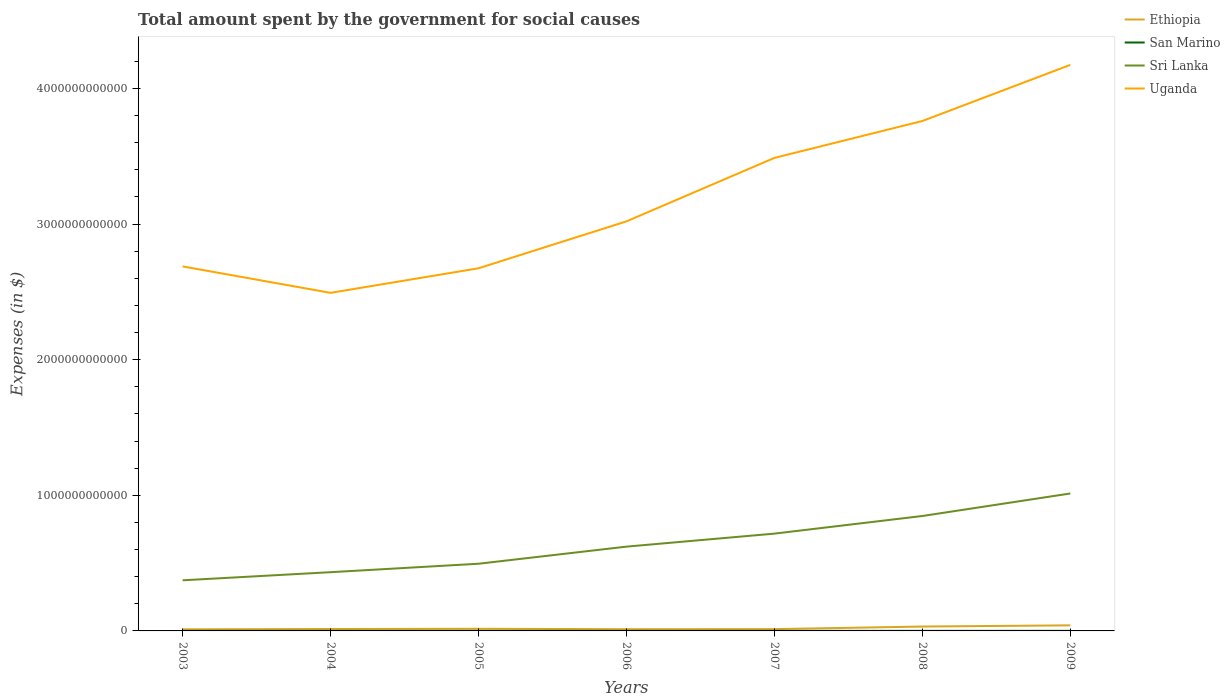
| Years | Ethiopia | San Marino | Sri Lanka | Uganda |
 | --- | --- | --- | --- | --- |
 | 2003 | 1.17e+10 | 4.07e+08 | 3.73e+11 | 2.69e+12 |
 | 2004 | 1.41e+10 | 4.59e+08 | 4.33e+11 | 2.49e+12 |
 | 2005 | 1.59e+10 | 4.33e+08 | 4.95e+11 | 2.67e+12 |
 | 2006 | 1.26e+10 | 4.46e+08 | 6.21e+11 | 3.02e+12 |
 | 2007 | 1.33e+10 | 4.86e+08 | 7.17e+11 | 3.49e+12 |
 | 2008 | 3.22e+10 | 5.02e+08 | 8.47e+11 | 3.76e+12 |
 | 2009 | 4.11e+10 | 5.34e+08 | 1.01e+12 | 4.17e+12 |